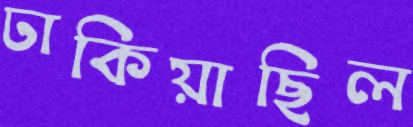
ঢাকিয়াছিল